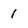
Character: 1